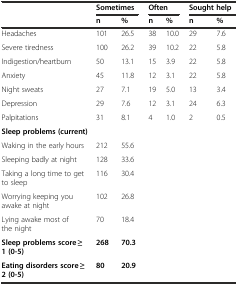
<table><thead><tr><td></td><td colspan="2"><b>Sometimes</b></td><td colspan="2"><b>Often</b></td><td colspan="2"><b>Sought help</b></td></tr><tr><td></td><td><b>n</b></td><td><b>%</b></td><td><b>n</b></td><td><b>%</b></td><td><b>n</b></td><td><b>%</b></td></tr></thead><tbody><tr><td>Headaches</td><td>101</td><td>26.5</td><td>38</td><td>10.0</td><td>29</td><td>7.6</td></tr><tr><td>Severe tiredness</td><td>100</td><td>26.2</td><td>39</td><td>10.2</td><td>22</td><td>5.8</td></tr><tr><td>Indigestion/heartburn</td><td>50</td><td>13.1</td><td>15</td><td>3.9</td><td>22</td><td>5.8</td></tr><tr><td>Anxiety</td><td>45</td><td>11.8</td><td>12</td><td>3.1</td><td>22</td><td>5.8</td></tr><tr><td>Night sweats</td><td>27</td><td>7.1</td><td>19</td><td>5.0</td><td>13</td><td>3.4</td></tr><tr><td>Depression</td><td>29</td><td>7.6</td><td>12</td><td>3.1</td><td>24</td><td>6.3</td></tr><tr><td>Palpitations</td><td>31</td><td>8.1</td><td>4</td><td>1.0</td><td>2</td><td>0.5</td></tr><tr><td colspan="3"><b>Sleep problems (current)</b></td><td></td><td></td><td></td><td></td></tr><tr><td>Waking in the early hours</td><td>212</td><td>55.6</td><td></td><td></td><td></td><td></td></tr><tr><td>Sleeping badly at night</td><td>128</td><td>33.6</td><td></td><td></td><td></td><td></td></tr><tr><td>Taking a long time to get to sleep</td><td>116</td><td>30.4</td><td></td><td></td><td></td><td></td></tr><tr><td>Worrying keeping you awake at night</td><td>102</td><td>26.8</td><td></td><td></td><td></td><td></td></tr><tr><td>Lying awake most of the night</td><td>70</td><td>18.4</td><td></td><td></td><td></td><td></td></tr><tr><td><b>Sleep problems score ≥ 1 (0-5)</b></td><td><b>268</b></td><td><b>70.3</b></td><td></td><td></td><td></td><td></td></tr><tr><td><b>Eating disorders score ≥ 2 (0-5)</b></td><td><b>80</b></td><td><b>20.9</b></td><td></td><td></td><td></td><td></td></tr></tbody></table>